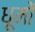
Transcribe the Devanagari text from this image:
धूमों